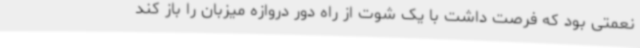
نعمتی بود که فرصت داشت با یک شوت از راه دور دروازه میزبان را باز کند